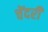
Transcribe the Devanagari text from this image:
चेंदरी